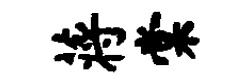
蒋棠